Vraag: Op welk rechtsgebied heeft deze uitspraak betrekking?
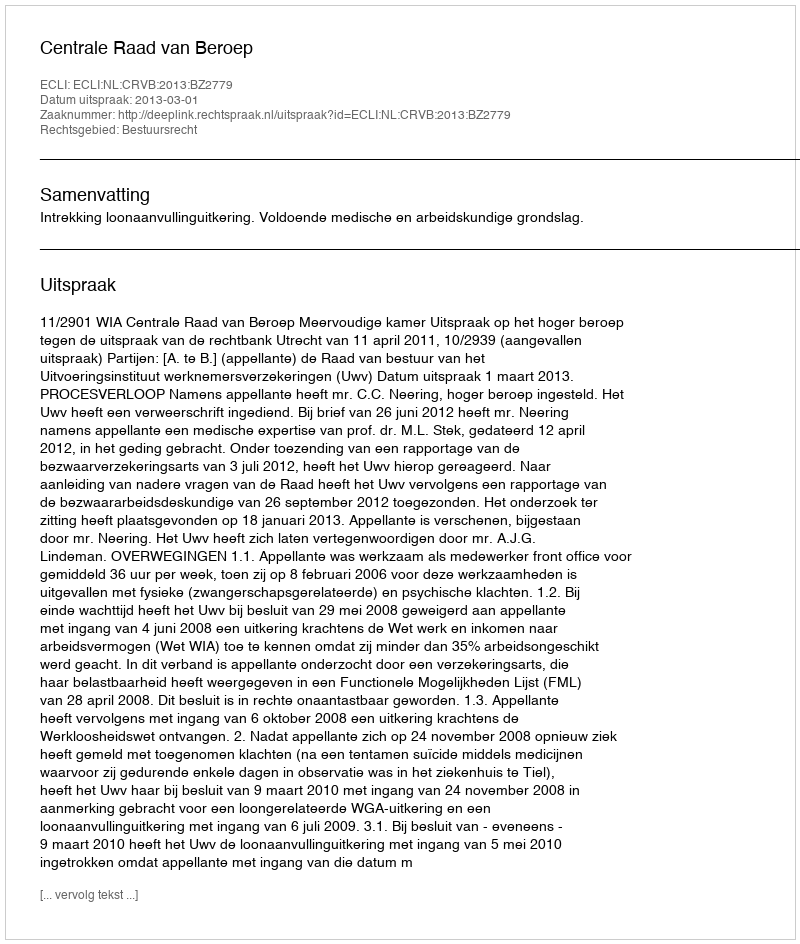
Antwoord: Bestuursrecht